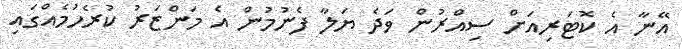
އޭނާ އެ ކޮޓަރިއަށް ސިއްރުން ވަދެ ޔަލާ ފެނުމުން އެ މަންޒަރު ކުރެހުމެއްގައި